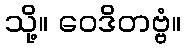
သို့။ ဝေဒိတဗ္ဗံ။